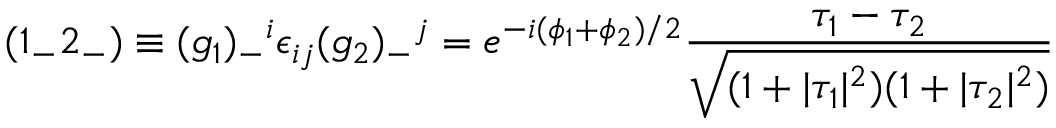
( { 1 _ { - } 2 _ { - } } ) \equiv ( g _ { 1 } ) _ { - } { } ^ { i } \epsilon _ { i j } ( g _ { 2 } ) _ { - } { } ^ { j } = e ^ { - i { ( \phi _ { 1 } + \phi _ { 2 } ) / 2 } } \frac { \tau _ { 1 } - \tau _ { 2 } } { \sqrt { ( 1 + | \tau _ { 1 } | ^ { 2 } ) ( 1 + | \tau _ { 2 } | ^ { 2 } ) } }